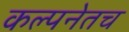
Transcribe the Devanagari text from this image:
कल्पनेतच